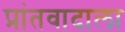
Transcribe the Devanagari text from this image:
प्रांतवादाला